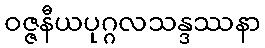
ဝဇ္ဇနီယပုဂ္ဂလသန္ဒဿနာ